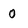
Character: 0